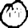
Digit: 0